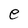
Character: e